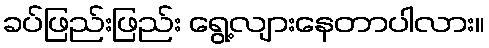
ခပ်ဖြည်းဖြည်း ရွေ့လျားနေတာပါလား။